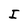
Character: I